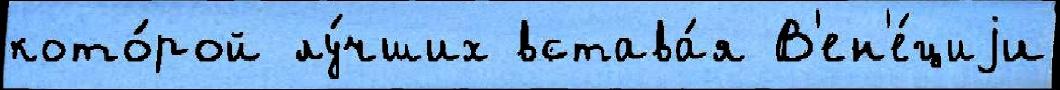
кото́рой лу́чших встава́я В'ен'е́циjи